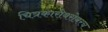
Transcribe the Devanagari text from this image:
चित्रकारीबरोबरच